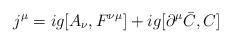
\begin{align*}j^\mu =ig[A_\nu ,F^{\nu \mu }]+ig[\partial ^\mu \bar C,C]\end{align*}